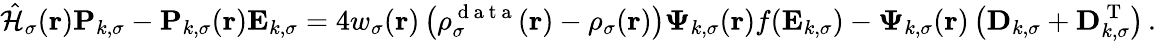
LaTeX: \hat{\mathcal{{H}}}_{\sigma}(\boldsymbol{\textbf{r}})\mathbf{P}_{k,\sigma}-\mathbf{P}_{k,\sigma}(\boldsymbol{\textbf{r}})\mathbf{E}_{k,\sigma}=4w_{\sigma}(\boldsymbol{\textbf{r}})\left(\rho_{\sigma}^{\mathrm{~d~a~t~a~}}(\boldsymbol{\textbf{r}})-\rho_{\sigma}(\boldsymbol{\textbf{r}})\right)\boldsymbol{\Psi}_{k,\sigma}(\boldsymbol{\textbf{r}})f(\mathbf{E}_{k,\sigma})-\boldsymbol{\Psi}_{k,\sigma}(\boldsymbol{\textbf{r}})\left(\mathbf{D}_{k,\sigma}+\mathbf{D}_{k,\sigma}^{\mathrm{~T~}}\right)\, .